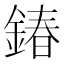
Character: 𨩃